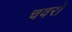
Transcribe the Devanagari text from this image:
चवरो